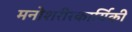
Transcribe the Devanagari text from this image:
मनोशरीरकार्यिकी